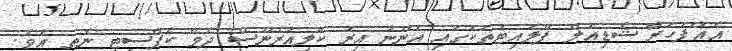
އެއްފަހަރާ ޝެޑިއުލް ފްލައިޓުތަކުގައި އަންނަ އިރު ކްލިއަރެންސް ދެވޭ ކެޕޭސިޓީ ނެތީ އެވެ.